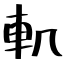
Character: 䡄